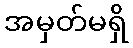
အမှတ်မရှိ